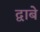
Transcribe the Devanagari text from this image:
द्वाबे